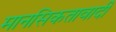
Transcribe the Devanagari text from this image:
मानसिकतावादी